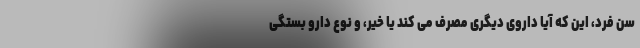
سن فرد، این که آیا داروی دیگری مصرف می کند یا خیر، و نوع دارو بستگی